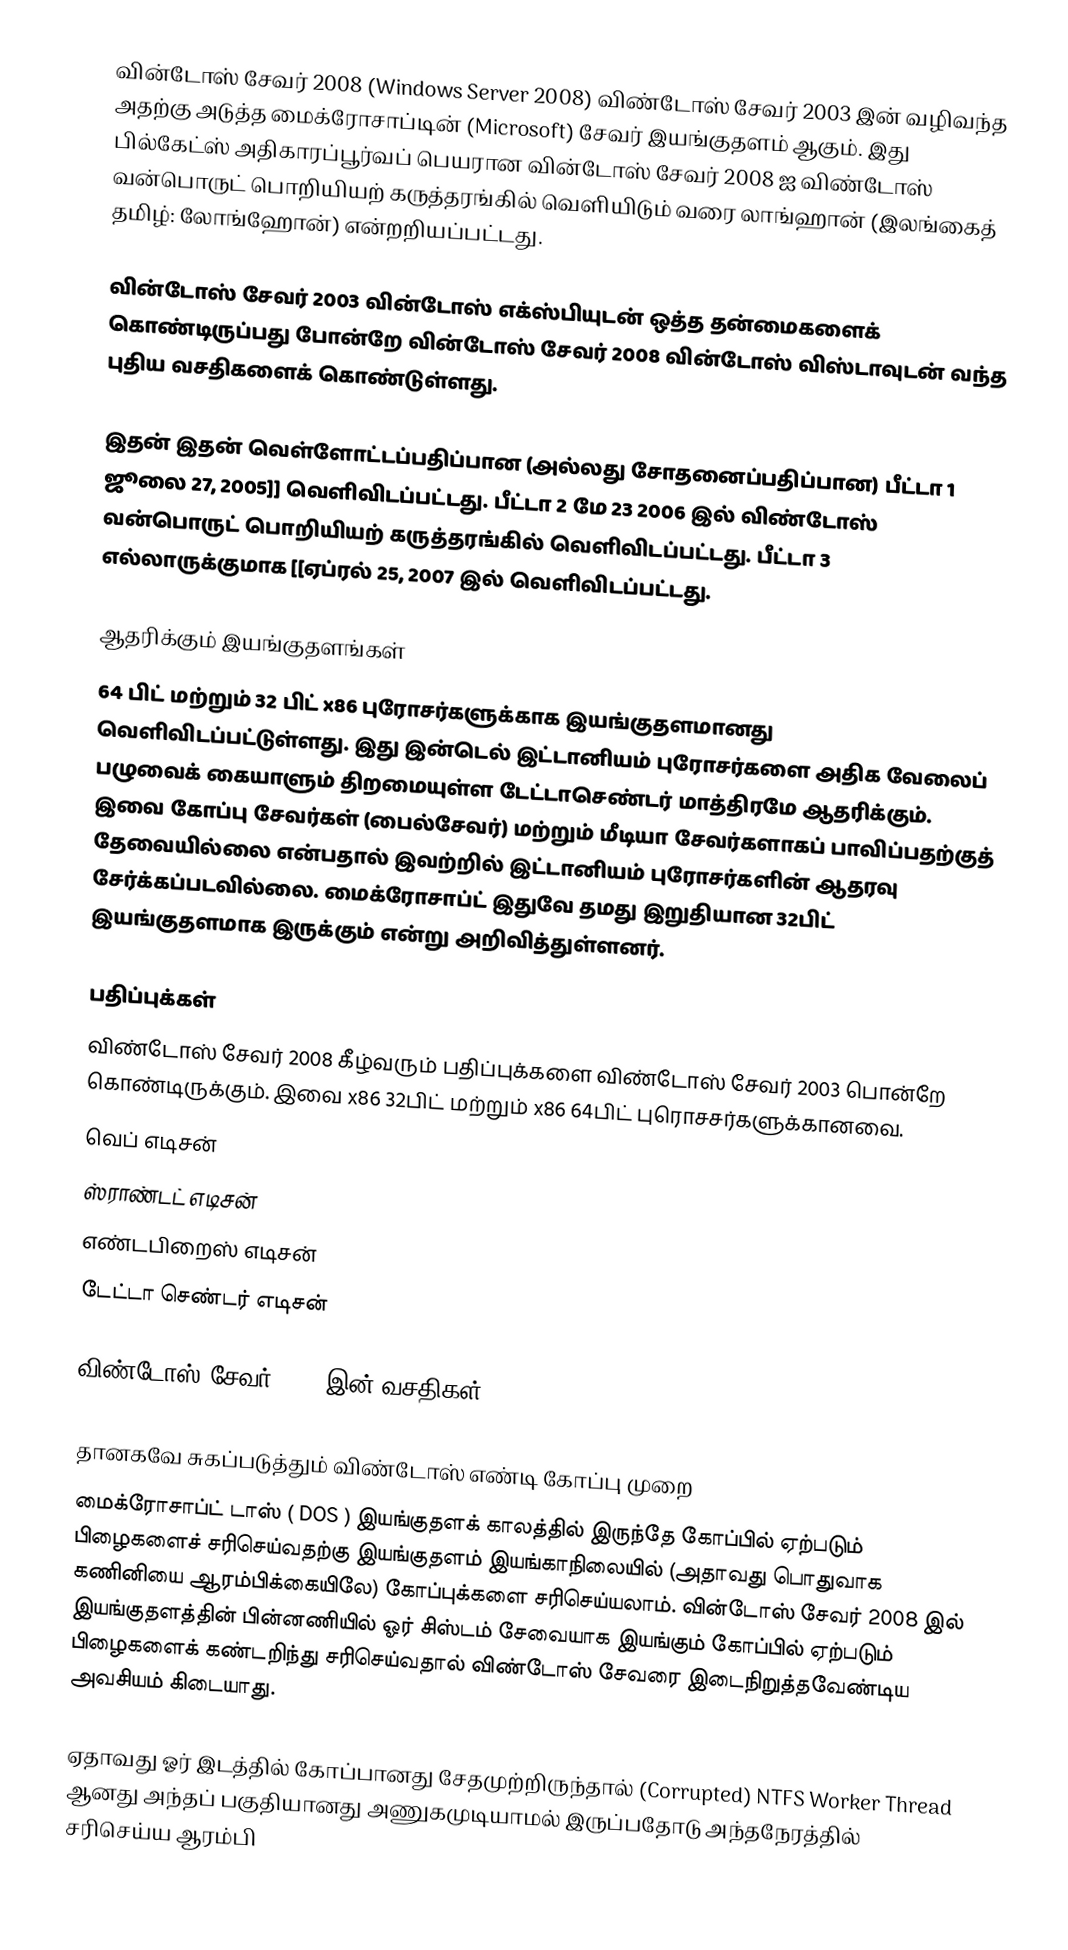
வின்டோஸ் சேவர் 2008 (Windows Server 2008) விண்டோஸ் சேவர் 2003 இன் வழிவந்த அதற்கு அடுத்த மைக்ரோசாப்டின் (Microsoft) சேவர் இயங்குதளம் ஆகும். இது பில்கேட்ஸ் அதிகாரப்பூர்வப் பெயரான வின்டோஸ் சேவர் 2008 ஐ விண்டோஸ் வன்பொருட் பொறியியற் கருத்தரங்கில் வெளியிடும் வரை லாங்ஹான் (இலங்கைத் தமிழ்: லோங்ஹோன்) என்றறியப்பட்டது.

வின்டோஸ் சேவர் 2003 வின்டோஸ் எக்ஸ்பியுடன் ஒத்த தன்மைகளைக் கொண்டிருப்பது போன்றே வின்டோஸ் சேவர் 2008 வின்டோஸ் விஸ்டாவுடன் வந்த புதிய வசதிகளைக் கொண்டுள்ளது.

இதன் இதன் வெள்ளோட்டப்பதிப்பான (அல்லது சோதனைப்பதிப்பான) பீட்டா 1 ஜூலை 27, 2005]] வெளிவிடப்பட்டது. பீட்டா 2 மே 23 2006 இல் விண்டோஸ் வன்பொருட் பொறியியற் கருத்தரங்கில் வெளிவிடப்பட்டது. பீட்டா 3 எல்லாருக்குமாக [[ஏப்ரல் 25, 2007 இல் வெளிவிடப்பட்டது.

ஆதரிக்கும் இயங்குதளங்கள்
64 பிட் மற்றும் 32 பிட் x86 புரோசர்களுக்காக இயங்குதளமானது வெளிவிடப்பட்டுள்ளது. இது இன்டெல் இட்டானியம் புரோசர்களை அதிக வேலைப் பழுவைக் கையாளும் திறமையுள்ள டேட்டாசெண்டர் மாத்திரமே ஆதரிக்கும். இவை கோப்பு சேவர்கள் (பைல்சேவர்) மற்றும் மீடியா சேவர்களாகப் பாவிப்பதற்குத் தேவையில்லை என்பதால் இவற்றில் இட்டானியம் புரோசர்களின் ஆதரவு சேர்க்கப்படவில்லை. மைக்ரோசாப்ட் இதுவே தமது இறுதியான 32பிட் இயங்குதளமாக இருக்கும் என்று அறிவித்துள்ளனர்.

பதிப்புக்கள்
விண்டோஸ் சேவர் 2008 கீழ்வரும் பதிப்புக்களை விண்டோஸ் சேவர் 2003 பொன்றே கொண்டிருக்கும். இவை x86 32பிட் மற்றும் x86 64பிட் புரொசசர்களுக்கானவை.
வெப் எடிசன்
ஸ்ராண்டட் எடிசன்
எண்டபிறைஸ் எடிசன்
டேட்டா செண்டர் எடிசன்

விண்டோஸ் சேவர் 2008 இன் வசதிகள்

தானகவே சுகப்படுத்தும் விண்டோஸ் எண்டி கோப்பு முறை
மைக்ரோசாப்ட் டாஸ் ( DOS ) இயங்குதளக் காலத்தில் இருந்தே கோப்பில் ஏற்படும் பிழைகளைச் சரிசெய்வதற்கு இயங்குதளம் இயங்காநிலையில் (அதாவது பொதுவாக கணினியை ஆரம்பிக்கையிலே) கோப்புக்களை சரிசெய்யலாம். வின்டோஸ் சேவர் 2008 இல் இயங்குதளத்தின் பின்னணியில் ஓர் சிஸ்டம் சேவையாக இயங்கும் கோப்பில் ஏற்படும் பிழைகளைக் கண்டறிந்து சரிசெய்வதால் விண்டோஸ் சேவரை இடைநிறுத்தவேண்டிய அவசியம் கிடையாது.

ஏதாவது ஓர் இடத்தில் கோப்பானது சேதமுற்றிருந்தால் (Corrupted) NTFS Worker Thread ஆனது அந்தப் பகுதியானது அணுகமுடியாமல் இருப்பதோடு அந்தநேரத்தில் சரிசெய்ய ஆரம்பி